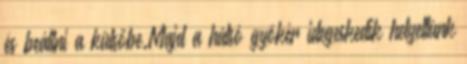
és beállni a külsőbe.Majd a hátsó gyökér idegeskedik helyettünk